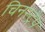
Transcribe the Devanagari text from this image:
चिनस्ट्रैप